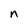
Character: n